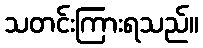
သတင်းကြားရသည်။